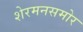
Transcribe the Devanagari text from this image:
शेरमनसमोर